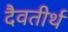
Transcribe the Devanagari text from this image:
दैवतीर्थ